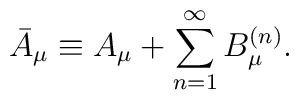
\bar{A}_{\mu} \equiv A_{\mu} + \sum_{n=1}^{\infty} B_{\mu}^{(n)}.